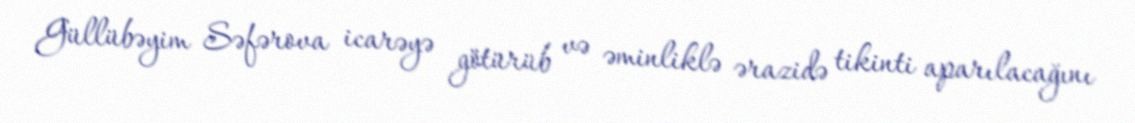
Güllübəyim Səfərova icarəyə götürüb və əminliklə ərazidə tikinti aparılacağını